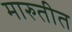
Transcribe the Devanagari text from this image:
मारुतीत